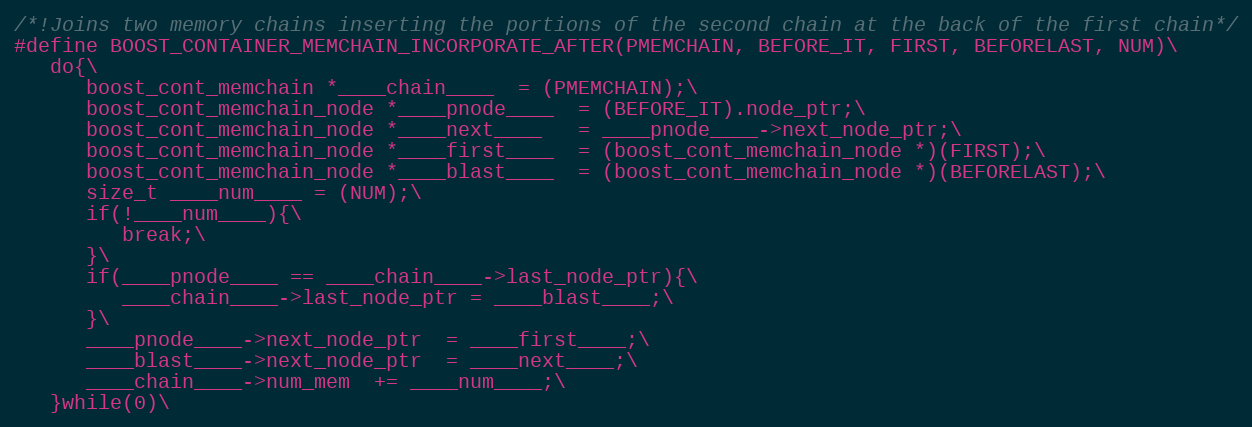
Language: C
/*!Joins two memory chains inserting the portions of the second chain at the back of the first chain*/
#define BOOST_CONTAINER_MEMCHAIN_INCORPORATE_AFTER(PMEMCHAIN, BEFORE_IT, FIRST, BEFORELAST, NUM)\
   do{\
      boost_cont_memchain *____chain____  = (PMEMCHAIN);\
      boost_cont_memchain_node *____pnode____  = (BEFORE_IT).node_ptr;\
      boost_cont_memchain_node *____next____   = ____pnode____->next_node_ptr;\
      boost_cont_memchain_node *____first____  = (boost_cont_memchain_node *)(FIRST);\
      boost_cont_memchain_node *____blast____  = (boost_cont_memchain_node *)(BEFORELAST);\
      size_t ____num____ = (NUM);\
      if(!____num____){\
         break;\
      }\
      if(____pnode____ == ____chain____->last_node_ptr){\
         ____chain____->last_node_ptr = ____blast____;\
      }\
      ____pnode____->next_node_ptr  = ____first____;\
      ____blast____->next_node_ptr  = ____next____;\
      ____chain____->num_mem  += ____num____;\
   }while(0)\